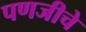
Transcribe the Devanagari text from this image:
पणजीचे